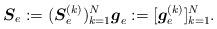
LaTeX: \begin{align*} \boldsymbol{S}_e:= (\boldsymbol{S}^{(k)}_e)_{k=1}^N \boldsymbol{g}_e:=[\boldsymbol{g}^{(k)}_e]_{k=1}^N. \end{align*}